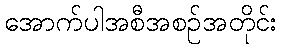
အောက်ပါအစီအစဉ်အတိုင်း